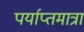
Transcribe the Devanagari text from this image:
पर्याप्तमात्रा